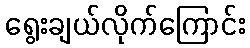
ရွေးချယ်လိုက်ကြောင်း